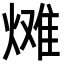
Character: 𪹠